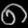
Digit: ၈